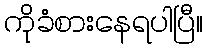
ကိုခံစားနေရပါပြီ။